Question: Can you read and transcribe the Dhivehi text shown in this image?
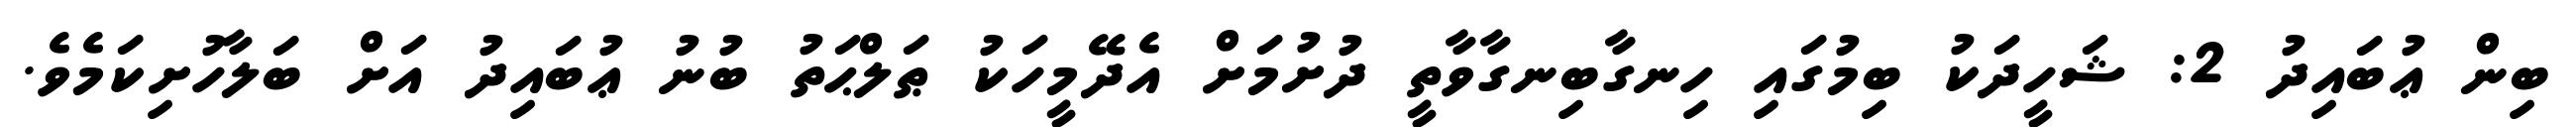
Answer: ބިން ޢުބައިދު 2: ޝަހީދަކު ބިމުގައި ހިނގާބިނގާވާތީ ދުށުމަށް އެދޭމީހަކު ޠަލްޙަތު ބުނު ޢުބައިދު އަށް ބަލާހުށިކަމެވެ.